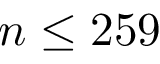
n \leq 2 5 9